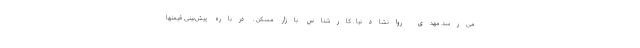
می‌رسد. مهدی روانشادنیا ـ کارشناس بازار مسکن ـ درباره پیش‌بینی قیمتها